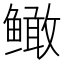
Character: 𲍙